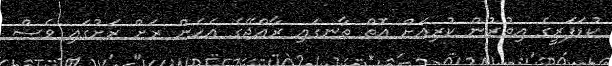
ކުޑަފަރީގެ އިތުރުން ކުރިއަށް އޮތް ތާނގައި ރާއްޖޭގެ އެހެން ރަށް ރަށުގައި ވެސް